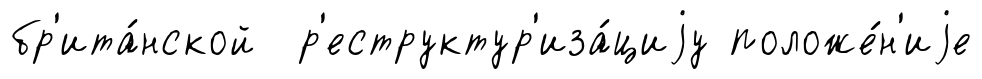
бр'ита́нской р'еструктур'иза́циjу положе́н'иjе